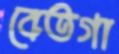
বেতগা